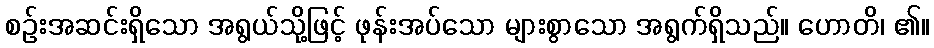
စဉ်းအဆင်းရှိသော အရွယ်သို့ဖြင့် ဖုန်းအပ်သော များစွာသော အရွက်ရှိသည်။ ဟောတိ၊ ၏။